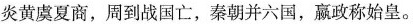
炎黄虞夏商，周到战国亡，秦朝并六国，嬴政称始皇。